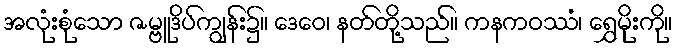
အလုံးစုံသော ဇမ္ဗူဒိပ်ကျွန်း၌။ ဒေဝေ၊ နတ်တို့သည်။ ကနကဝဿံ၊ ရွှေမိုးကို။